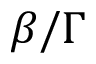
\beta / \Gamma